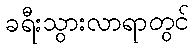
ခရီးသွားလာရာတွင်